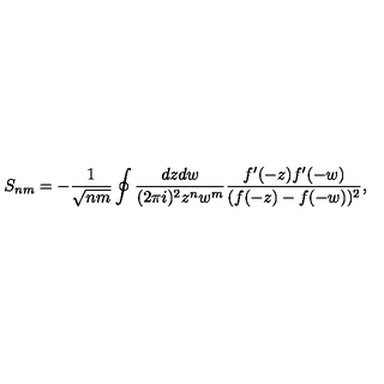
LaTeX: S _ { n m } = - \frac { 1 } { \sqrt { n m } } \oint \frac { d z d w } { ( 2 \pi i ) ^ { 2 } z ^ { n } w ^ { m } } \frac { f ^ { \prime } ( - z ) f ^ { \prime } ( - w ) } { ( f ( - z ) - f ( - w ) ) ^ { 2 } } ,